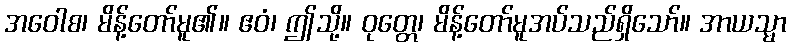
အဝေါစ၊ မိန့်တော်မူ၏။ ဧဝံ၊ ဤသို့။ ဝုတ္တေ၊ မိန့်တော်မူအပ်သည်ရှိသော်။ အာယသ္မာ